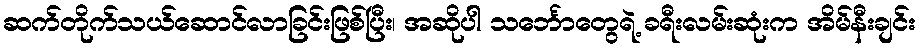
ဆက်တိုက်သယ်ဆောင်လာခြင်းဖြစ်ပြီး၊ အဆိုပါ သင်္ဘောတွေရဲ့ ခရီးလမ်းဆုံးက အိမ်နီးချင်း